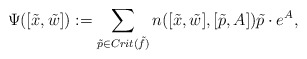
\begin{align*}\Psi ([\tilde x, \tilde w]): = \sum_{\tilde p \in Crit (\tilde f)} n ([\tilde x, \tilde w], [\tilde p, A] ) \tilde p\cdot e^ A, \end{align*}